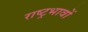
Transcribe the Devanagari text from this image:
राष्ट्रभावों